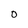
Character: 0